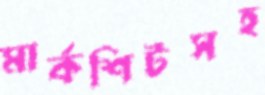
মার্কশিটসহ